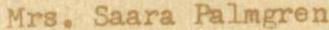
Mrs. Saara Palmgren